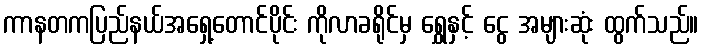
ကာနတကပြည်နယ်အရှေ့တောင်ပိုင်း ကိုလာခရိုင်မှ ရွှေနှင့် ငွေ အများဆုံး ထွက်သည်။